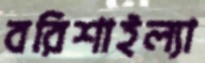
বরিশাইল্যা